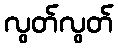
လွတ်လွတ်